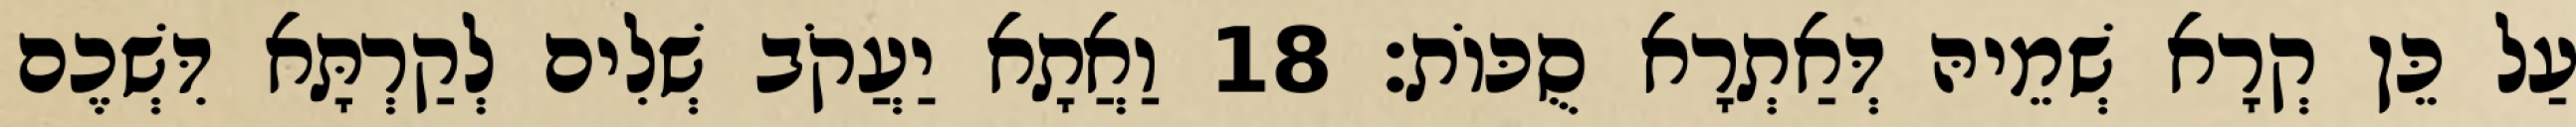
עַל כֵּן קְרָא שְׁמֵיהּ דְּאַתְרָא סֻכּוֹת׃ 18 וַאֲתָא יַעֲקֹב שְׁלִים לְקַרְתָּא דִּשְׁכֶם